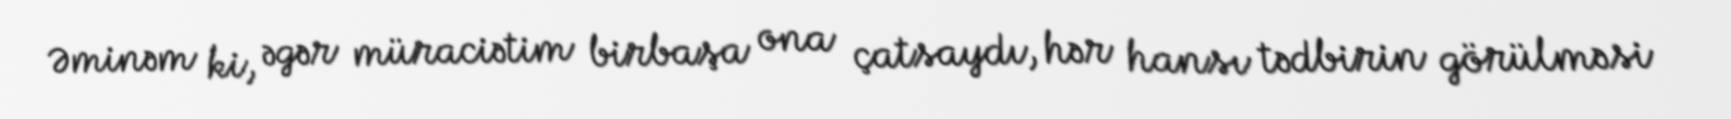
Əminəm ki, əgər müraciətim birbaşa ona çatsaydı, hər hansı tədbirin görülməsi